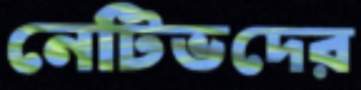
নেটিভদের